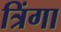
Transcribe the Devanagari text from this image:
त्रिंगा